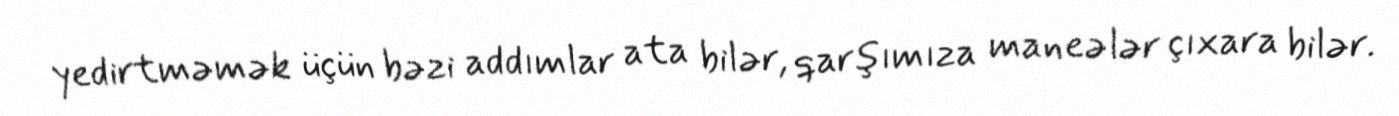
yedirtməmək üçün bəzi addımlar ata bilər, qarşımıza maneələr çıxara bilər.